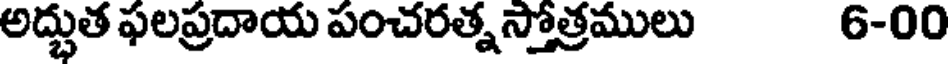
అద్భుత ఫలప్రదాయ పంచరత్నస్తోత్రములు 6-00